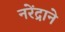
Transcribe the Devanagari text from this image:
नरेंद्राने